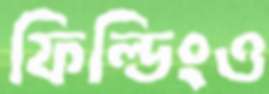
ফিল্ডিংও